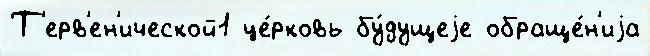
Т'ерв'ен'ической1 це́рковь бу́дущеjе обраще́н'иjа